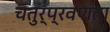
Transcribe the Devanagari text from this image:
चतुर्प्रवणता